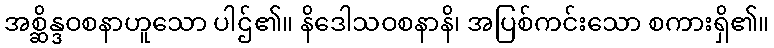
အစ္ဆိန္ဒဝစနာဟူသော ပါဌ်၏။ နိဒေါသဝစနာနိ၊ အပြစ်ကင်းသော စကားရှိ၏။